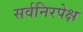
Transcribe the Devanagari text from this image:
सर्वनिरपेक्ष